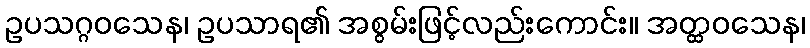
ဥပသဂ္ဂဝသေန၊ ဥပသာရ၏ အစွမ်းဖြင့်လည်းကောင်း။ အတ္ထဝသေန၊